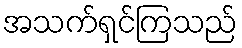
အသက်ရှင်ကြသည်